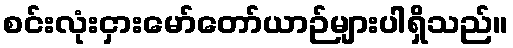
စင်းလုံးငှားမော်တော်ယာဉ်များပါရှိသည်။